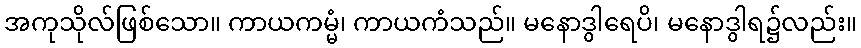
အကုသိုလ်ဖြစ်သော။ ကာယကမ္မံ၊ ကာယကံသည်။ မနောဒွါရေပိ၊ မနောဒွါရ၌လည်း။